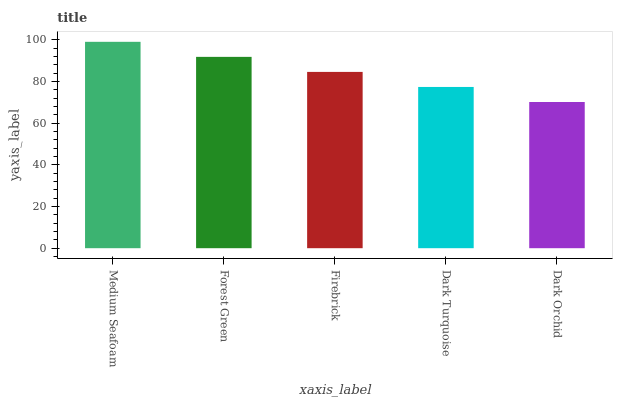
| xaxis_label | bars |
 | --- | --- |
 | Medium Seafoam | 99 |
 | Forest Green | 91.8 |
 | Firebrick | 84.6 |
 | Dark Turquoise | 77.3 |
 | Dark Orchid | 70.1 |